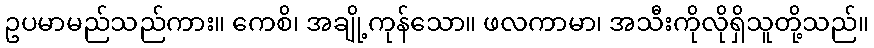
ဥပမာမည်သည်ကား။ ကေစိ၊ အချို့ကုန်သော။ ဖလကာမာ၊ အသီးကိုလိုရှိသူတို့သည်။